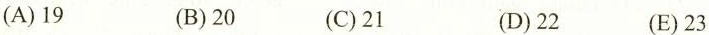
(A)19 (B)20 (C)21 (D)22 (E)23